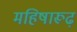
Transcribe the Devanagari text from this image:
महिषारूढ़